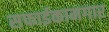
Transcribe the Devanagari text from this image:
सफाईकामगार